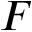
\displaystyle F